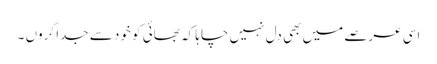
اسی عرصے میں بھی دل نہیں چاہا کہ بھائی کو خود سے جدا کروں ۔